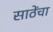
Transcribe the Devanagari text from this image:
साठेंचा